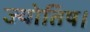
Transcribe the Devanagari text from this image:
ज्‍योतिष।